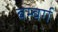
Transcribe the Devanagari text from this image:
बम्बर्ग